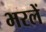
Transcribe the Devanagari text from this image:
भरलें